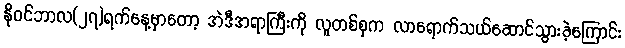
နိုဝင်ဘာလ(၂၇)ရက်နေ့မှာတော့ အဲဒီအရာကြီးကို လူတစ်စုက လာရောက်သယ်ဆောင်သွားခဲ့ကြောင်း